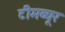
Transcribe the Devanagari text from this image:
टीमव्यूर